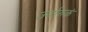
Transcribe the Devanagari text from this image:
उर्वारुकं